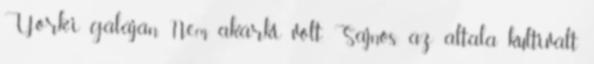
York-i gáláján. Nem akárki volt. Sajnos, az általa kultivált